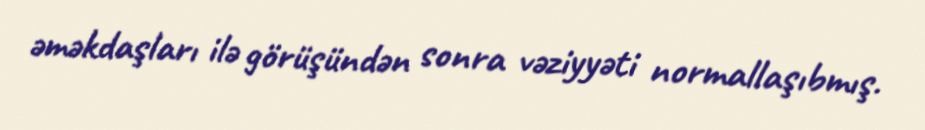
əməkdaşları ilə görüşündən sonra vəziyyəti normallaşıbmış.